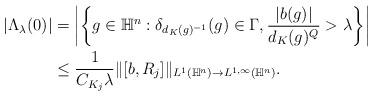
LaTeX: \begin{align*}\left|\Lambda_\lambda(0)\right|&=\left|\left\{g\in\mathbb H^n: \delta_{d_K(g)^{-1}}( g)\in \Gamma, {|b(g)|\over d_K(g)^Q}>\lambda\right\}\right|\\&\leq{1\over {C_{K_j}\lambda}}\|[b,R_j]\|_{L^1(\mathbb H^n)\rightarrow L^{1,\infty}(\mathbb H^n)}.\end{align*}